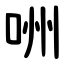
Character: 㖄